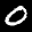
Label: 0